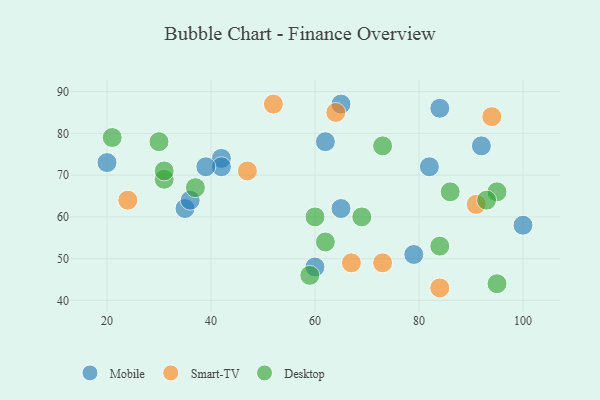
{"axis": {"x": "GDP", "y": "Life Expectancy"}, "legend": ["Desktop", "Mobile", "Smart-TV"], "data": [{"x": "35", "y": 62, "type": "Mobile"}, {"x": "42", "y": 74, "type": "Mobile"}, {"x": "42", "y": 72, "type": "Mobile"}, {"x": "84", "y": 86, "type": "Mobile"}, {"x": "100", "y": 58, "type": "Mobile"}, {"x": "82", "y": 72, "type": "Mobile"}, {"x": "79", "y": 51, "type": "Mobile"}, {"x": "39", "y": 72, "type": "Mobile"}, {"x": "60", "y": 48, "type": "Mobile"}, {"x": "62", "y": 78, "type": "Mobile"}, {"x": "65", "y": 62, "type": "Mobile"}, {"x": "92", "y": 77, "type": "Mobile"}, {"x": "36", "y": 64, "type": "Mobile"}, {"x": "20", "y": 73, "type": "Mobile"}, {"x": "65", "y": 87, "type": "Mobile"}, {"x": "52", "y": 87, "type": "Smart-TV"}, {"x": "67", "y": 49, "type": "Smart-TV"}, {"x": "91", "y": 63, "type": "Smart-TV"}, {"x": "73", "y": 49, "type": "Smart-TV"}, {"x": "84", "y": 43, "type": "Smart-TV"}, {"x": "94", "y": 84, "type": "Smart-TV"}, {"x": "24", "y": 64, "type": "Smart-TV"}, {"x": "64", "y": 85, "type": "Smart-TV"}, {"x": "47", "y": 71, "type": "Smart-TV"}, {"x": "84", "y": 53, "type": "Desktop"}, {"x": "37", "y": 67, "type": "Desktop"}, {"x": "31", "y": 69, "type": "Desktop"}, {"x": "30", "y": 78, "type": "Desktop"}, {"x": "95", "y": 66, "type": "Desktop"}, {"x": "21", "y": 79, "type": "Desktop"}, {"x": "69", "y": 60, "type": "Desktop"}, {"x": "86", "y": 66, "type": "Desktop"}, {"x": "59", "y": 46, "type": "Desktop"}, {"x": "60", "y": 60, "type": "Desktop"}, {"x": "73", "y": 77, "type": "Desktop"}, {"x": "31", "y": 71, "type": "Desktop"}, {"x": "62", "y": 54, "type": "Desktop"}, {"x": "95", "y": 44, "type": "Desktop"}, {"x": "93", "y": 64, "type": "Desktop"}]}